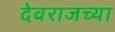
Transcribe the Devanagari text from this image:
देवराजच्या